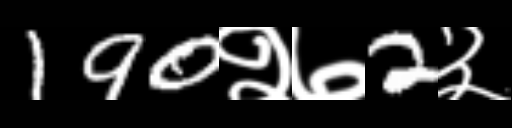
Text: 190२७2३